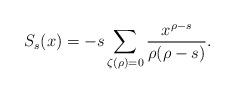
LaTeX: \begin{align*}S_{s}(x) = -s \sum_{\zeta(\rho) = 0} \frac{x^{\rho-s}}{\rho(\rho-s)}.\end{align*}